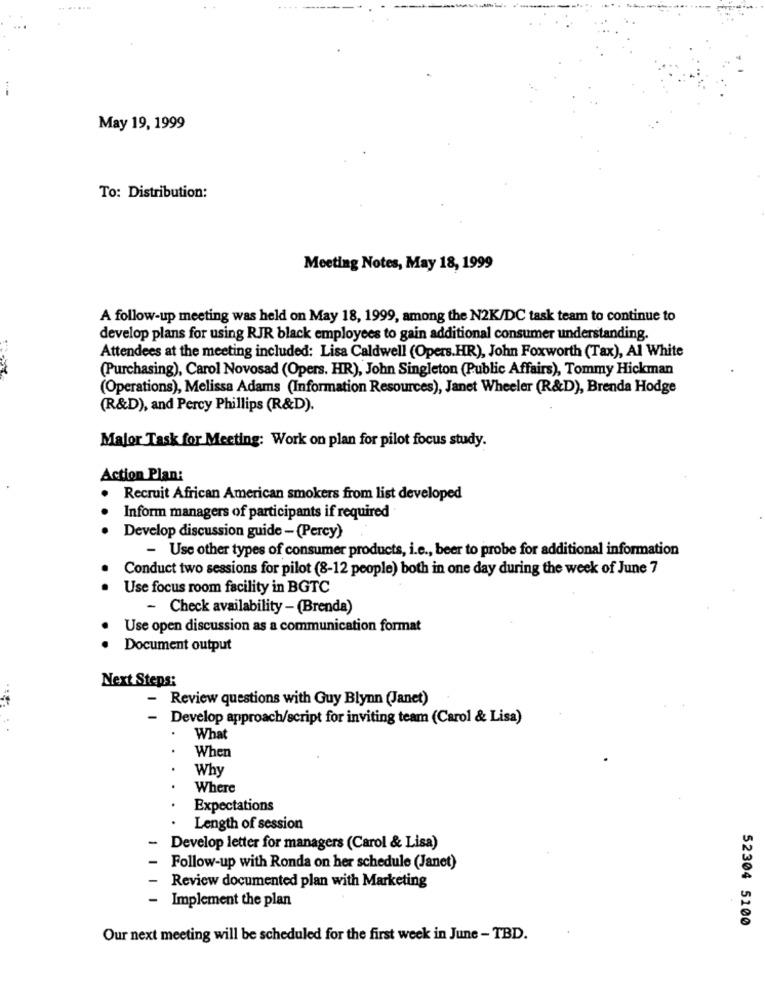
May 19, 1999
To: Distribution:
Meeting Notes, May 18, 1999
A follow-up meeting was held on May 18, 1999, among the N2K/DC task team to continue to
develop plans for using RJR black employees to gain additional consumer understanding.
Attendees at the meeting included: Lisa Caldwell (Opers.HR), John Foxworth (Tax), Al White
(Purchasing), Carol Novosad (Opers. HR), John Singleton (Public Affairs), Tommy Hickman
(Operations), Melissa Adams (Information Resources), Janet Wheeler (R&D), Brenda Hodge
(R&D), and Percy Phillips (R&D).
Major Task for Meeting: Work on plan for pilot focus study.
Action Plan:
Recruit African American smokers from list developed
Inform managers of participants if required
Develop discussion guide - (Percy)
- Use other types of consumer products, i.e ., beer to probe for additional information
Conduct two sessions for pilot (8-12 people) both in one day during the week of June 7
Use focus room facility in BGTC
- Check availability - (Brenda)
Use open discussion as a communication format
. .
Document output
Next Steps:
- Review questions with Guy Blynn (Janet)
· Develop approach/script for inviting team (Carol & Lisa)
.
What
When
Why
Where
Expectations
Length of session
-
Develop letter for managers (Carol & Lisa)
Follow-up with Ronda on her schedule (Janet)
- Review documented plan with Marketing
- Implement the plan
52304 5100
Our next meeting will be scheduled for the first week in June - TBD.